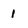
Character: 1